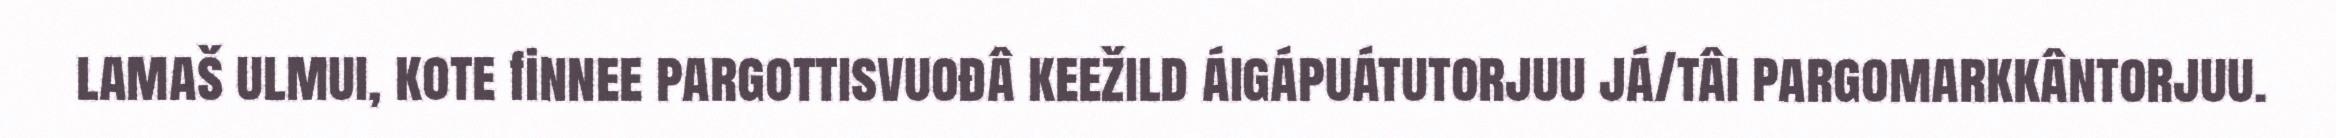
lamaš ulmui, kote finnee pargottisvuođâ keežild áigápuátutorjuu já/tâi pargomarkkântorjuu.